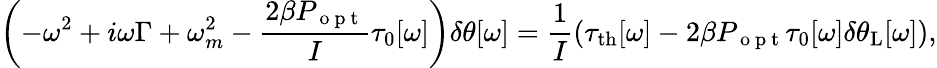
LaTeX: \left(-\omega^{2}+i\omega\Gamma+\omega_{m}^{2}-\frac{2\beta P_{\mathrm{~o~p~t~}}}{I}\tau_{0}[\omega]\right)\delta\theta[\omega]=\frac{1}{I}\left(\tau_{\mathrm{{th}}}[\omega]-2\beta P_{\mathrm{~o~p~t~}}\tau_{0}[\omega]\delta\theta_{\mathrm{{L}}}[\omega]\right),